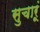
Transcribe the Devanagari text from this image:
सुचारूं